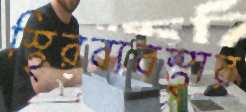
স্থিরব্যবস্থার